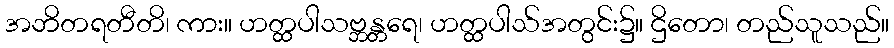
အဘိတရတီတိ၊ ကား။ ဟတ္ထပါသဗ္ဘန္တရေ၊ ဟတ္ထပါသ်အတွင်း၌။ ဌိတော၊ တည်သူသည်။